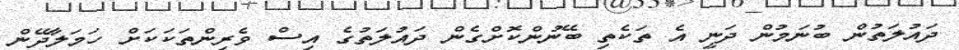
ދައުލަތުން ބުނަމުން ދަނީ އެ ތަކެތި ބޭނުންކޮށްގެން ދައުލަތުގެ އިސް ވެރިންތަކަކަށް ހަމަލާދޭން